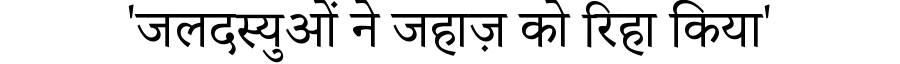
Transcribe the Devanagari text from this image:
'जलदस्युओं ने जहाज़ को रिहा किया'